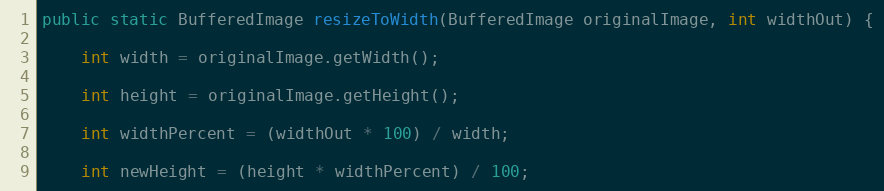
Language: Java
public static BufferedImage resizeToWidth(BufferedImage originalImage, int widthOut) {

    int width = originalImage.getWidth();

    int height = originalImage.getHeight();

    int widthPercent = (widthOut * 100) / width;

    int newHeight = (height * widthPercent) / 100;